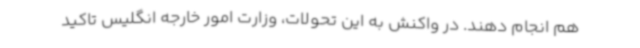
هم انجام دهند. در واکنش به این تحولات، وزارت امور خارجه انگلیس تاکید